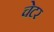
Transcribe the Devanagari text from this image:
चेटर